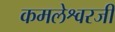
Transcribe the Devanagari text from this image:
कमलेश्वरजी